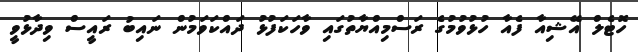
ހޮޓެލް އޭޝިއާ ފެއާ ހުޅުވުމުގެ ރަސްމިއްޔާތުގައި ވާހަކަފުޅު ދައްކަވަމުން ނައިބު ރައީސް ވިދާޅުވީ